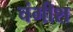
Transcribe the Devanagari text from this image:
चंगीश